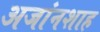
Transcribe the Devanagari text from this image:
अजांनशाह